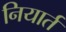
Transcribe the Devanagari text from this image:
नियार्त